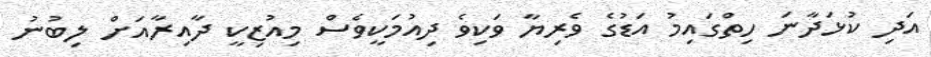
އަދި ކުޅަދާނަ ހިތްގައިމު އަޑުގެ ވެރިޔާ ވަކިވެ ދިއުމަކީވެސް މިއުޒިކީ ދާއިރާއަށް ލިބުނު